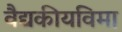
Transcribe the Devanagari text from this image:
वैद्यकीयविमा